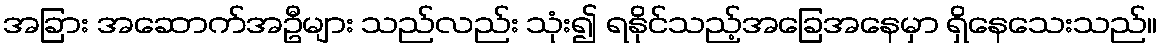
အခြား အဆောက်အဦများ သည်လည်း သုံး၍ ရနိုင်သည့်အခြေအနေမှာ ရှိနေသေးသည်။